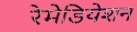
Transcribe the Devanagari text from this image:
रेमेडियेशन